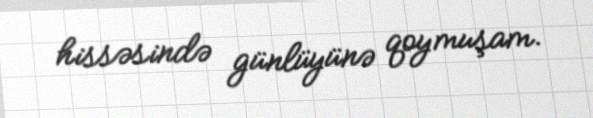
hissəsində günlüyünə qoymuşam.